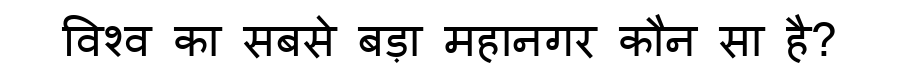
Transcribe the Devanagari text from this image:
विश्व का सबसे बड़ा महानगर कौन सा है?